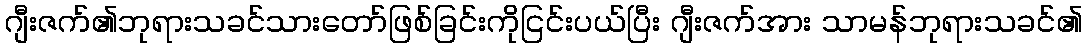
ဂျီးဇက်၏ဘုရားသခင်သားတော်ဖြစ်ခြင်းကိုငြင်းပယ်ပြီး ဂျီးဇက်အား သာမန်ဘုရားသခင်၏